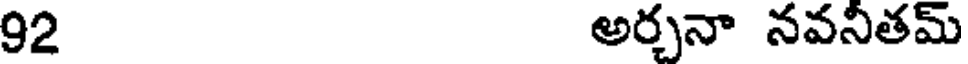
92 అర్చనా నవనీతమ్